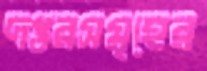
দপ্তরসমূহের